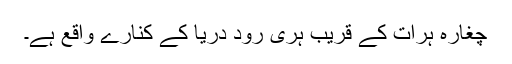
چغارہ ہرات کے قریب ہری رود دریا کے کنارے واقع ہے۔